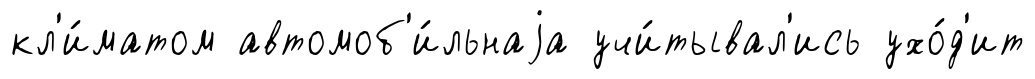
кл'и́матом автомоб'и́льнаjа учи́тывал'ись ухо́д'ит